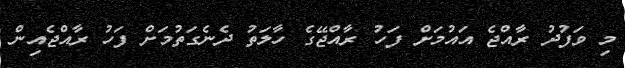
މި ވަފުދު ރާއްޖެ އައުމަށް ފަހު ރާއްޖޭގެ ހާލަތު ދެނެގަތުމަށް ފަހު ރާއްޖެއިން